Indian journal of veterinary science and animal husbandry - Volume 12,
Year: 1942
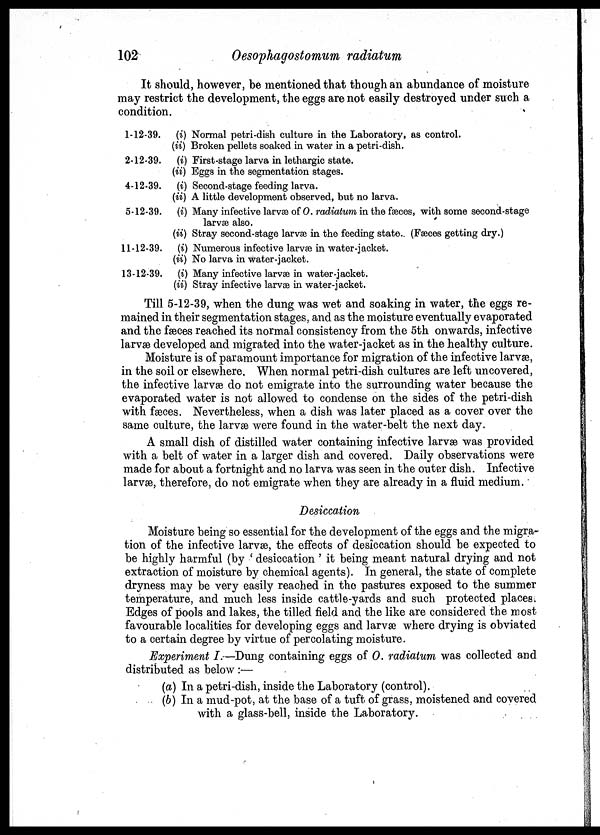
102
Oesophagostomum radiatum
It should, however, be mentioned that though an abundance of moisture
may restrict the development, the eggs are not easily destroyed under such a
condition.
1-12-39. (i) Normal petri-dish culture in the Laboratory, as control.
(ii) Broken pellets soaked in water in a petri-dish.
2-12-39. (i) First-stage larva in lethargic state.
(ii) Eggs in the segmentation stages.
4-12-39. (i) Second-stage feeding larva.
(ii) A little development observed, but no larva.
5-12-39. (i) Many infective larvæ of O. radiatum in the fæces, with some second-stage
larvæ also.
(ii) Stray second-stage larvæ in the feeding state.. (Fæces getting dry.)
11-12-39. (i) Numerous infective larvæ in water-jacket.
(ii) No larva in water-jacket.
13-12-39. (i) Many infective larvæ in water-jacket.
(ii) Stray infective larvæ in water-jacket.
Till 5-12-39, when the dung was wet and soaking in water, the eggs re-
mained in their segmentation stages, and as the moisture eventually evaporated
and the fæces reached its normal consistency from the 5th onwards, infective
larvæ developed and migrated into the water-jacket as in the healthy culture.
Moisture is of paramount importance for migration of the infective larvæ,
in the soil or elsewhere. When normal petri-dish cultures are left uncovered,
the infective larvae do not emigrate into the surrounding water because the
evaporated water is not allowed to condense on the sides of the petri-dish
with fæces. Nevertheless, when a dish was later placed as a cover over the
same culture, the larvæ were found in the water-belt the next day.
A small dish of distilled water containing infective larvæ was provided
with a belt of water in a larger dish and covered. Daily observations were
made for about a fortnight and no larva was seen in the outer dish. Infective
larvæ, therefore, do not emigrate when they are already in a fluid medium.
Desiccation
Moisture being so essential for the development of the eggs and the migra-
tion of the infective larvæ, the effects of desiccation should be expected to
be highly harmful (by ' desiccation ' it being meant natural drying and not
extraction of moisture by chemical agents). In general, the state of complete
dryness may be very easily reached in the pastures exposed to the summer
temperature, and much less inside cattle-yards and such protected places.
Edges of pools and lakes, the tilled field and the like are considered the most
favourable localities for developing eggs and larvæ where drying is obviated
to a certain degree by virtue of percolating moisture.
Experiment I.—Dung containing eggs of O. radiatum was collected and
distributed as below :—
(a) In a petri-dish, inside the Laboratory (control).
(b) In a mud-pot, at the base of a tuft of grass, moistened and covered
with a glass-bell, inside the Laboratory.